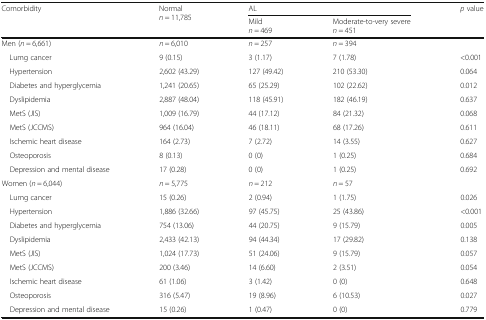
<table><thead><tr><td rowspan="2"><b>Comorbidity</b></td><td rowspan="2"><b>Normal<i>n</i> = 11,785</b></td><td colspan="2"><b>AL</b></td><td rowspan="2"><b><i>p</i> value</b></td></tr><tr><td><b>Mild <i>n</i> = 469</b></td><td><b>Moderate-to-very severe <i>n</i> = 451</b></td></tr></thead><tbody><tr><td>Men (<i>n</i> = 6,661)</td><td><i>n</i> = 6,010</td><td><i>n</i> = 257</td><td><i>n</i> = 394</td><td></td></tr><tr><td> Lumg cancer</td><td>9 (0.15)</td><td>3 (1.17)</td><td>7 (1.78)</td><td>&lt;0.001</td></tr><tr><td> Hypertension</td><td>2,602 (43.29)</td><td>127 (49.42)</td><td>210 (53.30)</td><td>0.064</td></tr><tr><td> Diabetes and hyperglycemia</td><td>1,241 (20.65)</td><td>65 (25.29)</td><td>102 (22.62)</td><td>0.012</td></tr><tr><td> Dyslipidemia</td><td>2,887 (48.04)</td><td>118 (45.91)</td><td>182 (46.19)</td><td>0.637</td></tr><tr><td> MetS (JIS)</td><td>1,009 (16.79)</td><td>44 (17.12)</td><td>84 (21.32)</td><td>0.068</td></tr><tr><td> MetS (JCCMS)</td><td>964 (16.04)</td><td>46 (18.11)</td><td>68 (17.26)</td><td>0.611</td></tr><tr><td> Ischemic heart disease</td><td>164 (2.73)</td><td>7 (2.72)</td><td>14 (3.55)</td><td>0.627</td></tr><tr><td> Osteoporosis</td><td>8 (0.13)</td><td>0 (0)</td><td>1 (0.25)</td><td>0.684</td></tr><tr><td> Depression and mental disease</td><td>17 (0.28)</td><td>0 (0)</td><td>1 (0.25)</td><td>0.692</td></tr><tr><td>Women (<i>n</i> = 6,044)</td><td><i>n</i> = 5,775</td><td><i>n</i> = 212</td><td><i>n</i> = 57</td><td></td></tr><tr><td> Lumg cancer</td><td>15 (0.26)</td><td>2 (0.94)</td><td>1 (1.75)</td><td>0.026</td></tr><tr><td> Hypertension</td><td>1,886 (32.66)</td><td>97 (45.75)</td><td>25 (43.86)</td><td>&lt;0.001</td></tr><tr><td> Diabetes and hyperglycemia</td><td>754 (13.06)</td><td>44 (20.75)</td><td>9 (15.79)</td><td>0.005</td></tr><tr><td> Dyslipidemia</td><td>2,433 (42.13)</td><td>94 (44.34)</td><td>17 (29.82)</td><td>0.138</td></tr><tr><td> MetS (JIS)</td><td>1,024 (17.73)</td><td>51 (24.06)</td><td>9 (15.79)</td><td>0.057</td></tr><tr><td> MetS (JCCMS)</td><td>200 (3.46)</td><td>14 (6.60)</td><td>2 (3.51)</td><td>0.054</td></tr><tr><td> Ischemic heart disease</td><td>61 (1.06)</td><td>3 (1.42)</td><td>0 (0)</td><td>0.648</td></tr><tr><td> Osteoporosis</td><td>316 (5.47)</td><td>19 (8.96)</td><td>6 (10.53)</td><td>0.027</td></tr><tr><td> Depression and mental disease</td><td>15 (0.26)</td><td>1 (0.47)</td><td>0 (0)</td><td>0.779</td></tr></tbody></table>